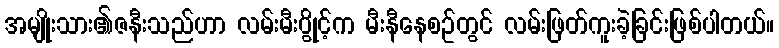
အမျိုးသား၏ဇနီးသည်ဟာ လမ်းမီးပွိုင့်က မီးနီနေစဥ်တွင် လမ်းဖြတ်ကူးခဲ့ခြင်းဖြစ်ပါတယ်။